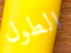
الطول